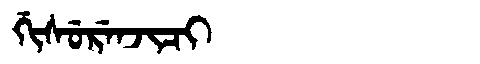
Manchu: ᡤᡳᠰᡠᡵᡝᠨᠵᡳᠴᡳ
Romanization: GISURENJICI